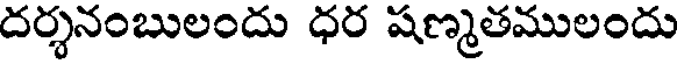
దర్శనంబులందు ధర షణ్మతములందు